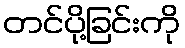
တင်ပို့ခြင်းကို